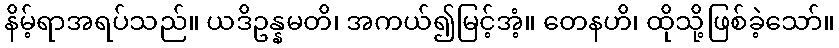
နိမ့်ရာအရပ်သည်။ ယဒိဥန္နမတိ၊ အကယ်၍မြင့်အံ့။ တေနဟိ၊ ထိုသို့ဖြစ်ခဲ့သော်။